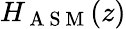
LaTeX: H_{\mathrm{~A~S~M~}}(z)